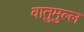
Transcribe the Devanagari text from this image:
वातुमुल्ल